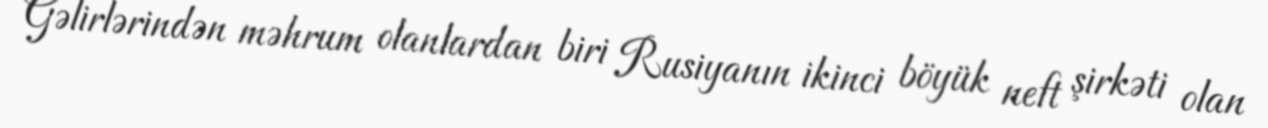
Gəlirlərindən məhrum olanlardan biri Rusiyanın ikinci böyük neft şirkəti olan